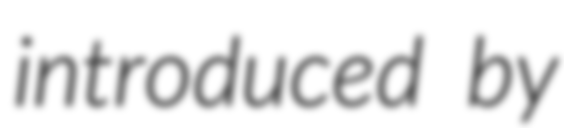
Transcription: introduced by